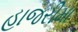
હાજરીમા